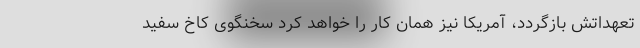
تعهداتش بازگردد، آمریکا نیز همان کار را خواهد کرد سخنگوی کاخ سفید